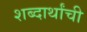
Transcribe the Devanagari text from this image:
शब्दार्थांची